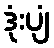
ဒုံးပျံ